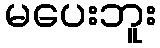
မပေးဘူး